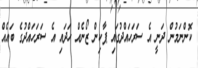
ކޮންނަމުން ދަނީ އެ ސަރަހައްދުގައި ޕާކިން ޒޯނެއް ހަދައި އެ ސަރަހައްދުގެ ބައެއް